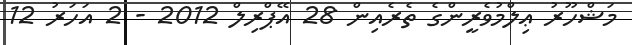
މަޝްހޫރު ޢިލްމުވެރީންގެ ތެރެއިން 28 އޭޕްރިލް 2012 - 2 އަހަރު 12